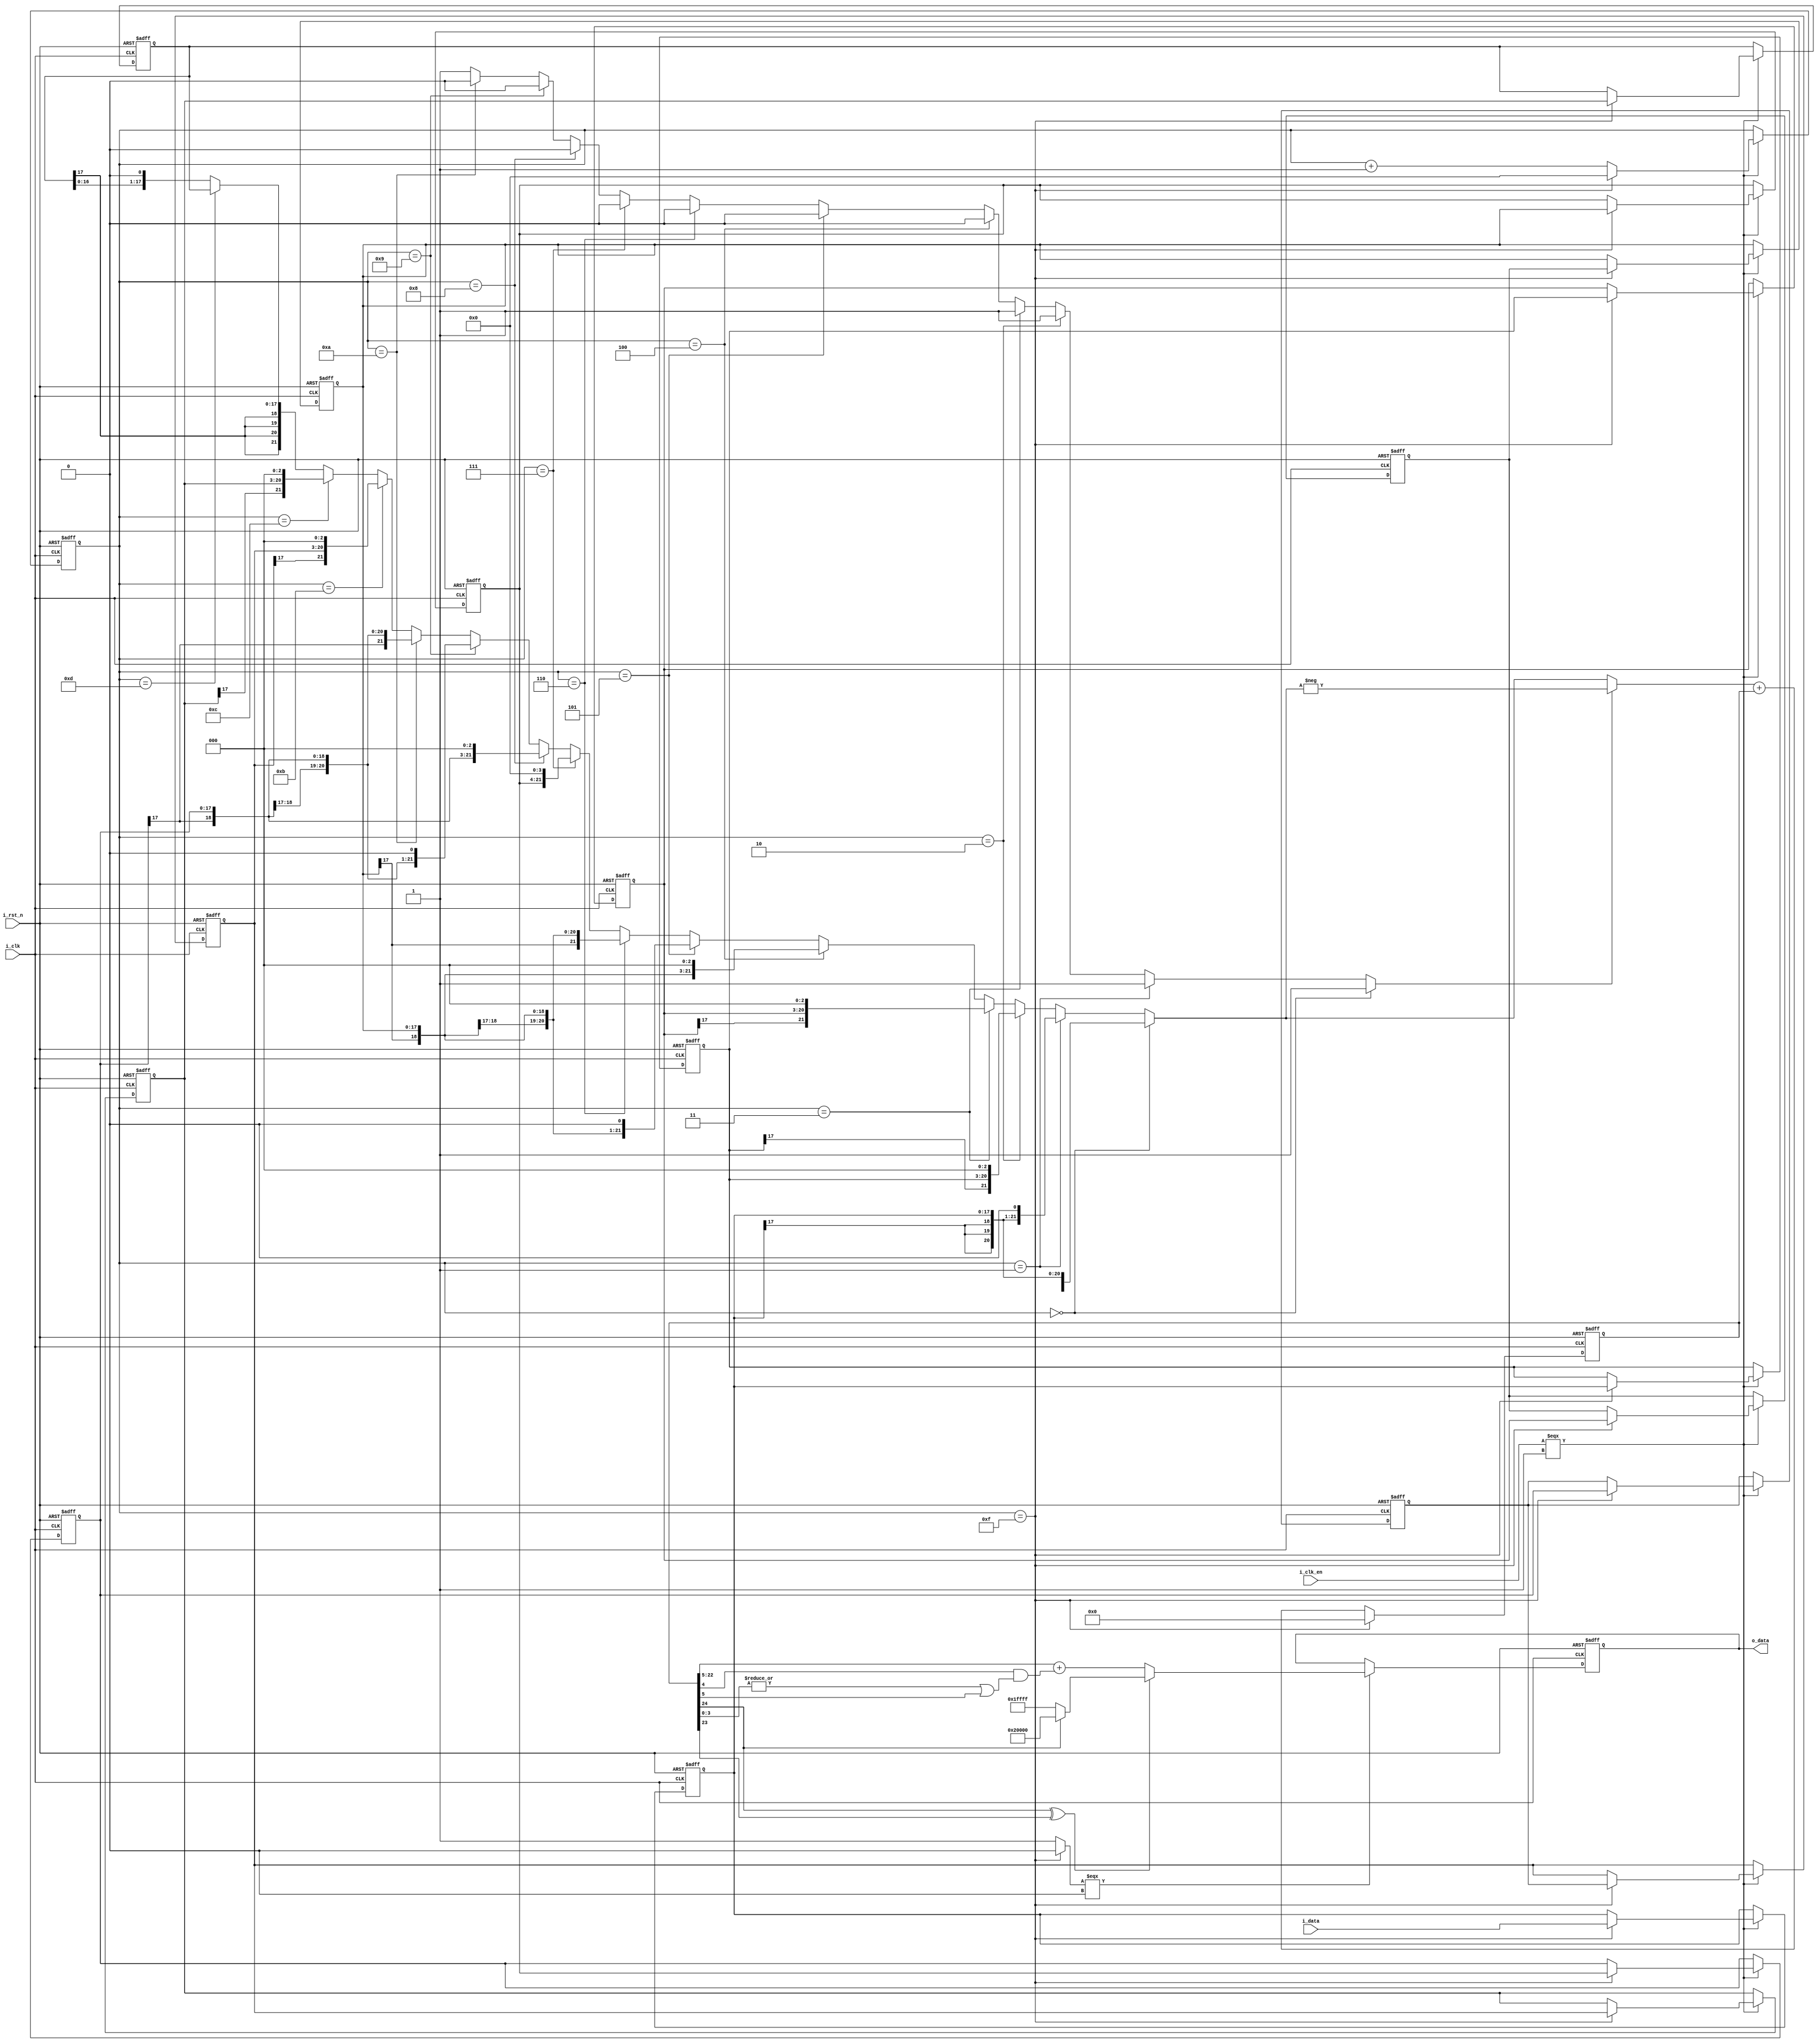
module bandpass_filter(i_clk, i_clk_en, 
						i_rst_n, i_data, o_data);

	input 						i_clk, i_clk_en, i_rst_n;
	input		signed	[17:0]	i_data;
	output	reg	signed	[17:0]	o_data;

	reg		signed	[17:0]	pipeline [0:10];
	reg				[3:0] 	counter;
	wire 	signed	[21:0]	mux_out;
	wire					complement;
	wire 	signed	[21:0]	adder_input;
	reg 	signed	[24:0]	acc;
	wire					sync_reset;

	integer i;

	assign	sync_reset = (counter==15) ? 1'b0 : 1'b1;

	always @(posedge i_clk or negedge i_rst_n) begin : count
		if(~i_rst_n) begin
			 counter <= 0;
			 for (i=0; i<11; i=i+1) pipeline[i] <= 0;
		end else begin
			 if (i_clk_en===1) begin
			 	if(counter==15) begin
			 		counter 	 <= 0;
			 		pipeline [0] <= i_data;
					for (i=0; i<10; i=i+1) begin
						pipeline[i+1] <= pipeline[i];
					end
			 	end
			 	else begin
			 		counter 	<= counter + 1;
			 	end
			 end // if (i_clk_en)
		end
	end // counter 

	assign mux_out = (counter==0) ?	pipeline[0] 	:
					 (counter==1) ?	pipeline[0]<<1 	:
					 (counter==2) ?	pipeline[1]<<3	:
					 (counter==3) ?	pipeline[2]<<3  :
					 (counter==4) ?	pipeline[4]<<3  :
					 (counter==5) ?	pipeline[4]<<1  :
					 (counter==6) ?	pipeline[4]		:
					 (counter==7) ?	pipeline[5]<<4  :
					 (counter==8) ?	pipeline[6]<<3  :	
					 (counter==9) ?	pipeline[6]<<1  :
					 (counter==10)?	pipeline[6]		:
					 (counter==11)?	pipeline[8]<<3  :
					 (counter==12)?	pipeline[9]<<3  :
					 (counter==13)?	pipeline[10]    :	
					 				pipeline[10]<<1	;

	assign	complement = (counter==0) ?	1'b1	:
						 (counter==1) ?	1'b1 	:
						 (counter==2) ?	1'b1	:
						 (counter==3) ?	1'b1	:
						 (counter==4) ?	1'b0  	:
						 (counter==5) ?	1'b0    :
						 (counter==6) ?	1'b0	:
						 (counter==7) ?	1'b0	:
						 (counter==8) ?	1'b0	:	
						 (counter==9) ?	1'b0	:
						 (counter==10)?	1'b0	:
						 (counter==11)?	1'b1	:
						 (counter==12)?	1'b1	:
						 (counter==13)?	1'b1	:	
						 				1'b1	;

	assign 	adder_input = (complement) ? -mux_out : mux_out;

	always @(posedge i_clk or negedge i_rst_n) begin : accumulation
		if(~i_rst_n) begin
			acc <= 0;
		end else begin
			if (sync_reset==1'b1) begin
				acc <= adder_input + acc;
			end
			else begin
				acc <= 0;
			end
		end
	end

	always @(posedge i_clk or negedge i_rst_n) begin : filter_out
		if(~i_rst_n) begin
			o_data <= 0;
		end else begin
			if (sync_reset===0) begin
				if (~(acc[24]^acc[23])) begin
					o_data <= acc[22:5] + {acc[4]&&(|acc[3:0]||acc[5])};
				end
				else begin
					if(acc[24]) o_data <= 18'h20000;
					else o_data <= 18'h1FFFF;
				end
			end
		end
	end


endmodule // bandpass_filter